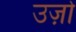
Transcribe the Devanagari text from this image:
उज़ो